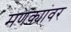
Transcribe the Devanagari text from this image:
मणक्यांवर